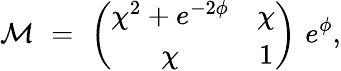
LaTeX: {\cal M}\, \, =\, \, \left(\begin{array}{cc}{{\chi^{2}+e^{-2{\phi}}}}&{{\chi}}\\ {{\chi}}&{{1}}\end{array}\right)\, \, e^{{\phi}},